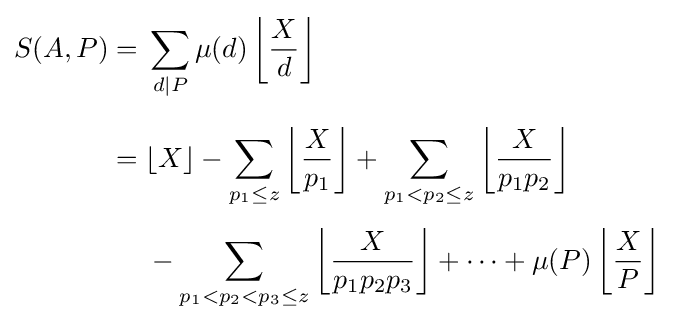
{\begin{aligned}S(A,P)={}&\sum _{d\mid P}\mu (d)\left\lfloor {\frac {X}{d}}\right\rfloor \\[6pt]={}&\lfloor X\rfloor -\sum _{p_{1}\leq z}\left\lfloor {\frac {X}{p_{1}}}\right\rfloor +\sum _{p_{1}<p_{2}\leq z}\left\lfloor {\frac {X}{p_{1}p_{2}}}\right\rfloor \\[4pt]&{}-\sum _{p_{1}<p_{2}<p_{3}\leq z}\left\lfloor {\frac {X}{p_{1}p_{2}p_{3}}}\right\rfloor +\cdots +\mu (P)\left\lfloor {\frac {X}{P}}\right\rfloor \end{aligned}}